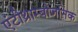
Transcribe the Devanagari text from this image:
एंटीथ्राम्बोजनिक